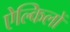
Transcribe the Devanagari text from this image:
ऐल्किलों